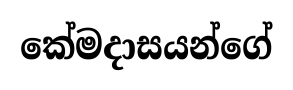
කේමදාසයන්ගේ